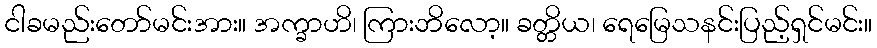
ငါခမည်းတော်မင်းအား။ အက္ခာဟိ၊ ကြားဘိလော့။ ခတ္တိယ၊ ရေမြေသနင်းပြည့်ရှင်မင်း။